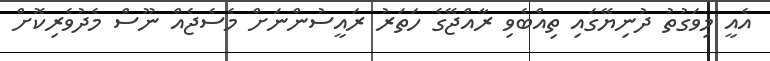
އެއީ މިވަގުތު ދުނިޔޭގައި ތިއްބެވި ރާއްޖޭގެ ހަތަރު ރައީސުންނަށް މެސެޖެއް ނޫސް މެދުވެރިކޮށް